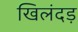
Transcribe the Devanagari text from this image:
खिलंदड़